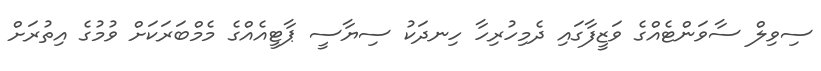
ސިވިލް ސާވަންޓެއްގެ ވަޒީފާގައި ދެމިހުރިހާ ހިނދަކު ސިޔާސީ ޕާޓީއެއްގެ މެމްބަރަކަށް ވުމުގެ އިތުރަށް